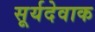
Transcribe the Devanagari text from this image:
सूर्यदेवाक